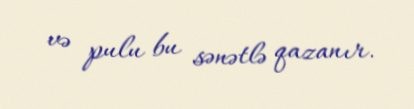
və pulu bu sənətlə qazanır.